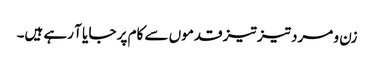
زن و مرد تیز تیز قدموں سے کام پر جا یا آ رہے ہیں۔